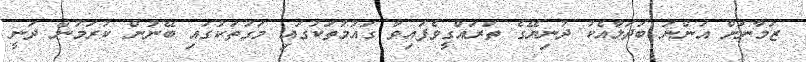
ޒަމާނަަށް އަންނަ ބަދަލާއެކު ދުނިޔޭގެ ތަރައްގީވެފައިވާ ގައުމުތަކުގައި މަގުތަކުގައި ބޭނުން ކުރަމުން ދަނީ